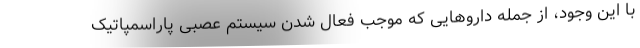
با این وجود، از جمله داروهایی که موجب فعال شدن سیستم عصبی پاراسمپاتیک